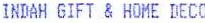
INDAH GIFT & HOME DECO